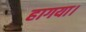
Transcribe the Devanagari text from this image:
हागया।